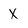
Character: X